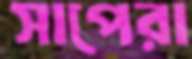
সাপেরা